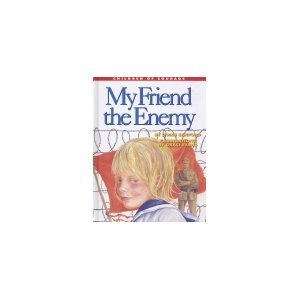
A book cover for My Friend, the Enemy: Surviving a Prison Camp (Children of Courge); Doris Sanford; Teen & Young Adult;